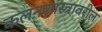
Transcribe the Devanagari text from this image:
कलनशास्त्रावरील